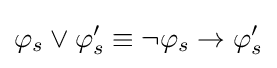
\varphi _{s}\lor \varphi '_{s}\equiv \neg \varphi _{s}\to \varphi '_{s}